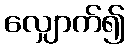
လျှောက်၍